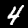
Digit: 4